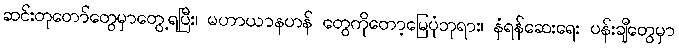
ဆင်းတုတော်တွေမှာတွေ့ရပြီး၊ မဟာယာနဟန် တွေကိုတော့မြေပုံဘုရား၊ နံရန်ဆေးရေး ပန်းချီတွေမှာ